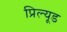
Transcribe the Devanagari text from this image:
प्रिल्यूड